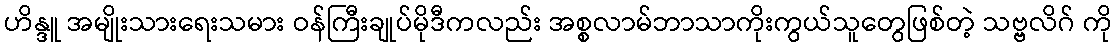
ဟိန္ဒူ အမျိုးသားရေးသမား ဝန်ကြီးချုပ်မိုဒီကလည်း အစ္စလာမ်ဘာသာကိုးကွယ်သူတွေဖြစ်တဲ့ သဗ္ဗလိဂ် ကို